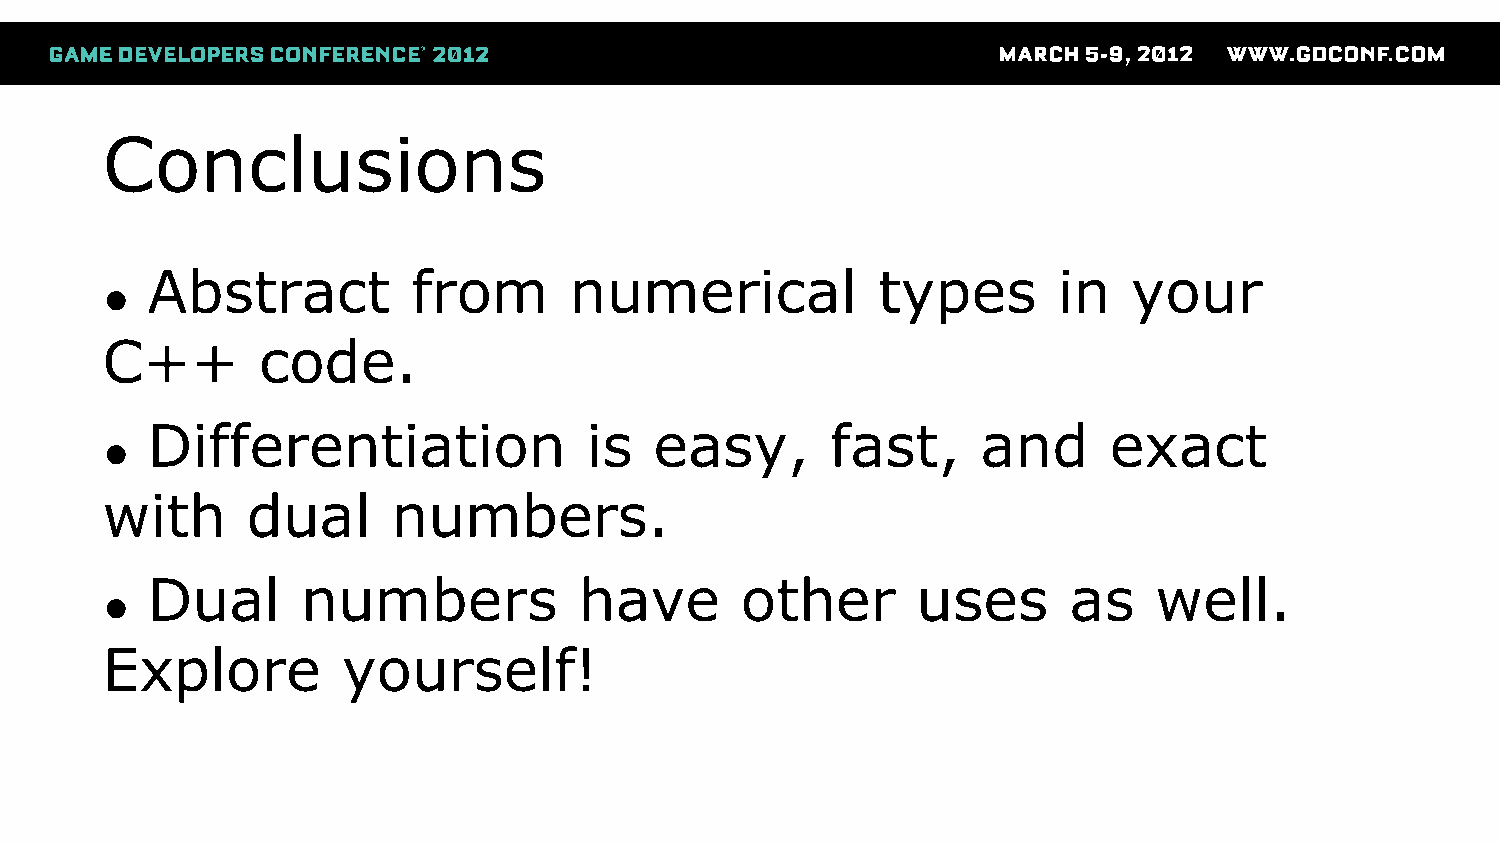
Conclusions
 Abstract         from       numerical           types       in   your
 ●
 C++       code.
 Differentiation              is  easy,       fast,     and     exact
 ●
 with     dual      numbers.
 Dual      numbers           have       other       uses      as   well.
 ●
 Explore         yourself!